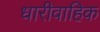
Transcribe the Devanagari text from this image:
धारीवाहिक